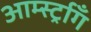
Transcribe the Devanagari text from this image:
आर्म्स्ट्राँग